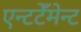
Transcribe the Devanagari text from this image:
एन्टटेँमेन्ट